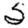
Digit: 5